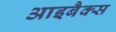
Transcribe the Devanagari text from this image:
आइबैक्स